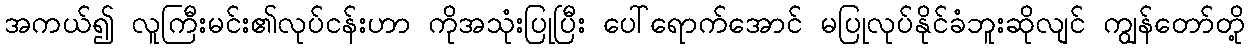
အကယ်၍ လူကြီးမင်း၏လုပ်ငန်းဟာ ကိုအသုံးပြုပြီး ပေါ်ရောက်အောင် မပြုလုပ်နိုင်ခံဘူးဆိုလျင် ကျွန်တော်တို့